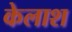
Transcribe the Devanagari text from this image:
केलाश